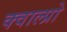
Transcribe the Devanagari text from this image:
क्वाल्प्रो